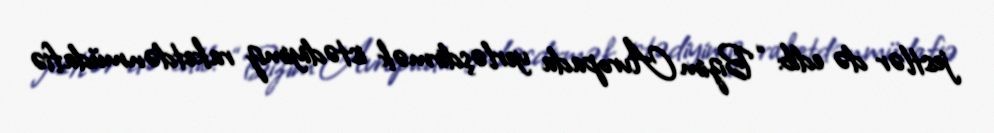
jestlər də edib: “Bizim Avropada yerləşdirmək istədiyimiz raketdənmüdafiə